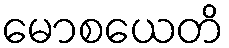
မောစယေတိ